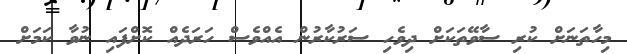
މިހާތަނަށް ކުރި ސާވޭތަކަށް ދިވެހި ސަރުކާރުން އެއްވެސް ހަރަދެއް ކޮށްފައި ނުވާ ކަމަށް